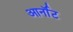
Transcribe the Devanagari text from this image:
आर्नॉट